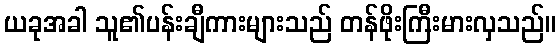
ယခုအခါ သူ၏ပန်းချီကားများသည် တန်ဖိုးကြီးမားလှသည်။